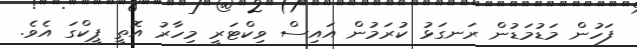
ފަހުން މަޑުމަޑުން ރަނގަޅު ކުރަމުން އައިސް ވިކްޓަރީ މިހާރު އޮތީ ޕީކްގަ އެވެ.